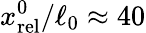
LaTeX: x_{\mathrm{rel}}^{0}/\ell_{0}\approx 40